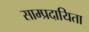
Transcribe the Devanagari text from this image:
साम्प्रदायिता